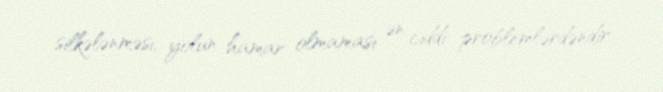
silkələnməsi, yolun hamar olmaması ən ciddi problemlərdəndir.